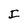
Character: I